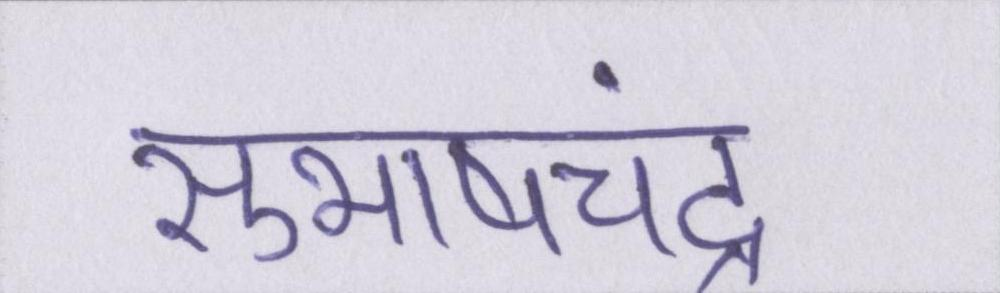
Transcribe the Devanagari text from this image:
सुभाषचंद्र